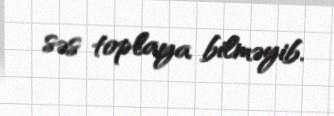
səs toplaya bilməyib.